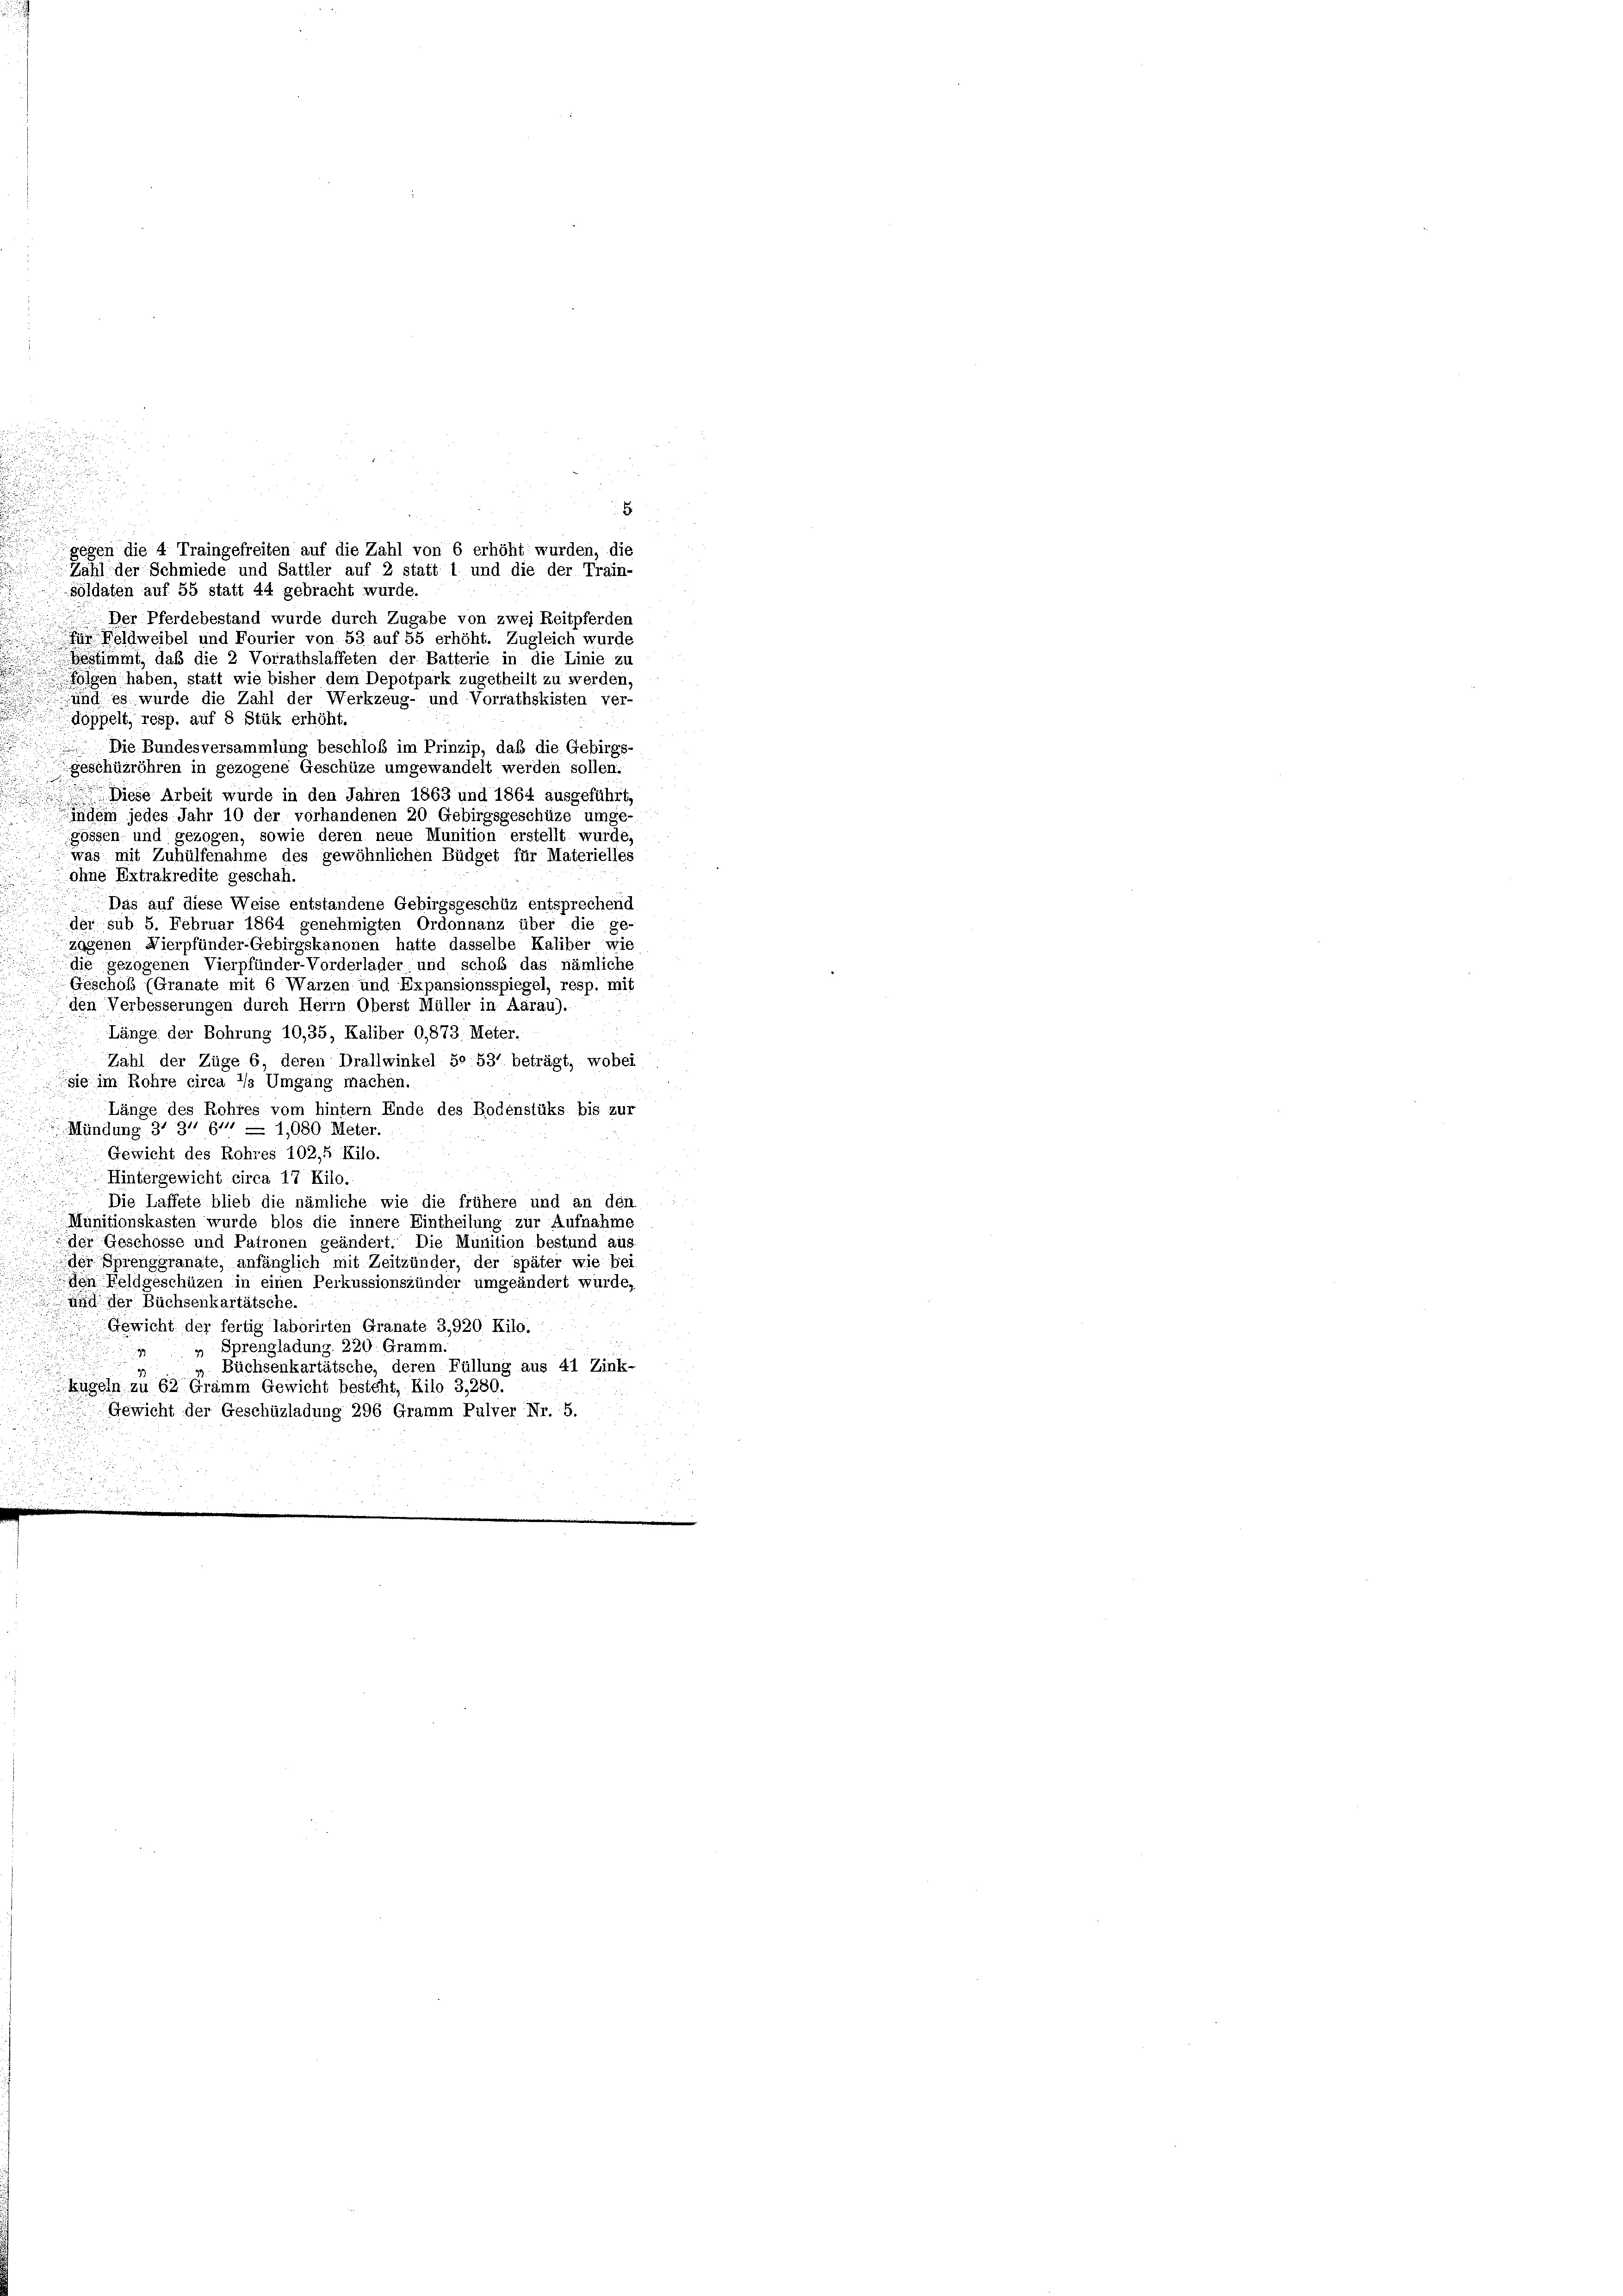
Der Pferdebestand wurde durch Zugabe von zwei Reitpferden
 Feldweibel und Fourier von 53 auf 55 erhöht. Zugleich wurde
Gestimmt, daß die 2 Vorrathslaffeten der Batterie in die Linie zu
Folgen haben, statt wie bisher dem Depotpark zugetheilt zu werden,
und es wurde die Zahl der Werkzeug- und Vorrathskisten ver-
doppelt, resp. auf 8 Stük erhöht.
Die Bundesversammlung beschloß im Prinzip, daß die Gebirgs-
geschüzröhren in gezogene Geschüze umgewandelt werden sollen:
Diese Arbeit wurde in den Jahren 1863 und 1864 ausgeführt,
indem jedes Jahr 10 der vorhandenen 20 Gebirgsgeschüze umge-
gossen und gezogen, sowie deren neue Munition erstellt wurde,
was mit Zuhülfenahme des gewöhnlichen Büdget für Materielles
ohne Extrakredite geschah.
Das auf diese Weise entstandene Gebirgsgeschüz entsprechend
der sub 5. Februar 1864 genehmigten Ordonnanz über die ge-
zagenen Nierpfünder-Gebirgskanonen hatte dasselbe Kaliber wie
die gezogenen Vierpfünder-Vorderlader und schob das nämliche
Geschob (Granate mit 6 Wärzen und Expansionsspiegel, resp. mit
den Verbesserungen durch Herrn Oberst Müller in Aarau).
Länge der Bohrung 10,35, Kaliber 0,873. Meter.

Zahl der Züge 6, deren Drallwinkel S. 531 beträgt, wobei
sie im Rohre circa 1/s Umgang machen.
Länge des Rohres vom hintern Ende des Bodenstüks bis zur
Mündung 37 311 f = 1,080 Meter.
Gewicht des Rohres 102,5 Kilo.
 Hintergewicht circa 17 Kilo.
Die Laffete blieb die nämliche wie die frühere und an den
Munitionskasten wurde blos die innere Eintheilung zur Aufnahme
der Geschosse und Patronen geändert. Die Munition bestund aus
der Sprenggranate, anfänglich mit Zeitzünder, der später wie bei
den Feldgeschüzen in einen Perkussionszünder umgeändert wurde,
und der Büchsenkartätsche.
Gewicht der fertig Taborirten Granate 3,920 Kilo. :
„ Sprengladung 220. Gramm.
Büchsenkartätsche, deren Füllung aus 41 Zink-
Kugeln zu 62 Gramm Gewicht besteht, Kilo 3,280.
Gewicht der Geschüzladung 296 Gramm Pulver Nr. 5.
n

u

8
gegen die 4 Traingefreiten auf die Zahl von 6 erhöht wurden, die
Zahl der Schmiede und Sattler auf 2 statt 1 und die der Train-
soldaten auf 55 statt 44 gebracht wurde.